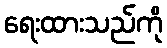
ရေးထားသည်ကို